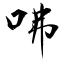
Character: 咈